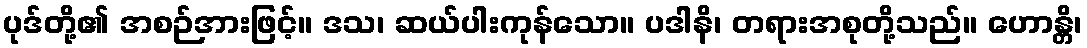
ပုဒ်တို့၏ အစဉ်အားဖြင့်။ ဒသ၊ ဆယ်ပါးကုန်သော။ ပဒါနိ၊ တရားအစုတို့သည်။ ဟောန္တိ၊